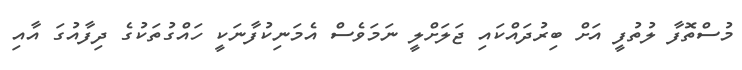
މުސްތޮފާ ލުތުފީ އަށް ބިރުދައްކައި ޖަލަށްލީ ނަމަވެސް އެމަނިކުފާނަކީ ހައްގުތަކުގެ ދިފާއުގަ އާއި